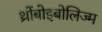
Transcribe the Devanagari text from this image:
थ्रोंबोइबोलिज्म